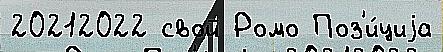
20212022 свой Ромо Поз'и́циjа